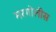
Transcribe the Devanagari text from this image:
मरगोलीस